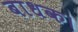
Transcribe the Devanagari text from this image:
बाधक।